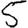
Digit: 5